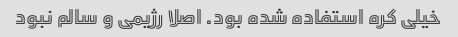
خیلی کره استفاده شده بود. اصلا رژیمی و سالم نبود